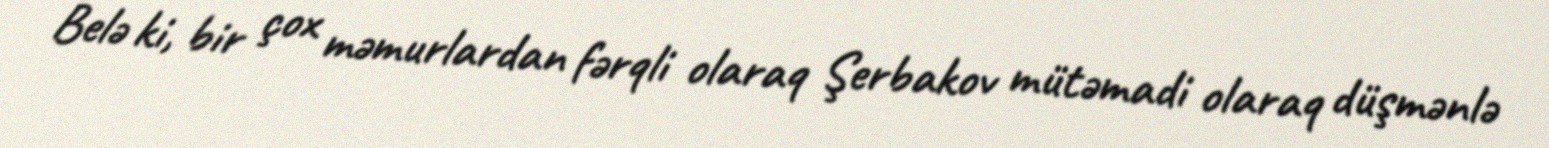
Belə ki, bir çox məmurlardan fərqli olaraq Şerbakov mütəmadi olaraq düşmənlə